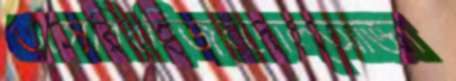
ওসেরিরহিজবদোল্আজ্ঞা